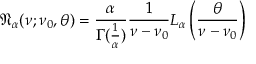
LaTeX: { \mathfrak { N } } _ { \alpha } ( \nu ; \nu _ { 0 } , \theta ) = { \frac { \alpha } { \Gamma ( { \frac { 1 } { \alpha } } ) } } { \frac { 1 } { \nu - \nu _ { 0 } } } L _ { \alpha } \left( { \frac { \theta } { \nu - \nu _ { 0 } } } \right)